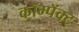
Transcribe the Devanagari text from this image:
कॉम्पॅक्ट्